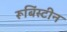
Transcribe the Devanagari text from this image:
रूबिंस्टीन